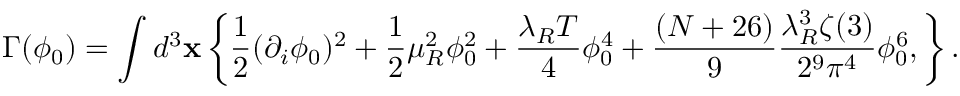
\Gamma ( \phi _ { 0 } ) = \int d ^ { 3 } { \bf x } \left\{ \frac { 1 } { 2 } ( \partial _ { i } \phi _ { 0 } ) ^ { 2 } + \frac { 1 } { 2 } \mu _ { R } ^ { 2 } \phi _ { 0 } ^ { 2 } + \frac { \lambda _ { R } T } { 4 } \phi _ { 0 } ^ { 4 } + \frac { ( N + 2 6 ) } { 9 } \frac { \lambda _ { R } ^ { 3 } \zeta ( 3 ) } { 2 ^ { 9 } \pi ^ { 4 } } \phi _ { 0 } ^ { 6 } , \right\} .